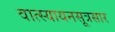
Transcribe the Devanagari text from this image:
वात्स्यायनसूत्रसार